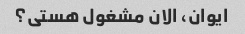
ایوان، الان مشغول هستی؟